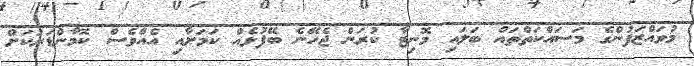
މުވައްޒަފުންގެ މަސައްކަތްތައް ބަލައި މޮނިޓާ ކުރަން ޖެހޭނެ ބޭފުޅެއް ކަމަށާއި އެއްވެސް ކޮމާންޑަރަކަށް